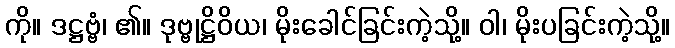
ကို။ ဒဋ္ဌဗ္ဗံ၊ ၏။ ဒုဗ္ဗုဋ္ဌိဝိယ၊ မိုးခေါင်ခြင်းကဲ့သို့။ ဝါ၊ မိုးပခြင်းကဲ့သို့။